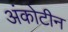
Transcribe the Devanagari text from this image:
अंकोटीन